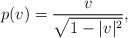
\begin{align*}p(v) = \frac{v}{\sqrt{1-|v|^2}},\end{align*}